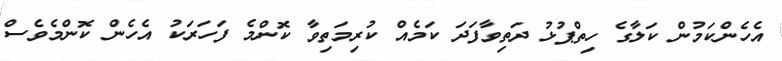
އެހެންކަމުން ކަލާގެ ހިތްޕުޅު ދަތިވާފަދަ ކަމެއް ކުރިމަތިވާ ކޮންމެ ފަހަރަކު އެހެން ކޮންމެވެސް